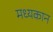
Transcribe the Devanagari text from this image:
मध्यकान